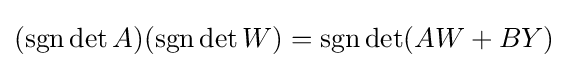
(\operatorname {sgn} \det A)(\operatorname {sgn} \det W)=\operatorname {sgn} \det(AW+BY)